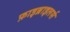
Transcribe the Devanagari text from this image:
फ़ाइब्राइलर्स